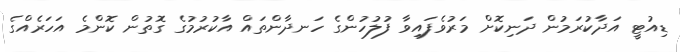
ޑިއުޓީ އަދާކުރަމުން ދަނިކޮށް މަރުވެފައިވާ ފުލުހުންގެ ހަނދާންތައް އާކުރުމުގެ ގޮތުން ކޮންމެ އަހަރެއްގެ